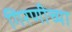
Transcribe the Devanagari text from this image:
गिरणीच्या